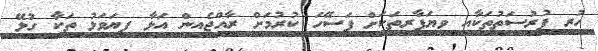
ހުރި ފުރުސަތުތަކާއި ވިޔަފާރިތަކަށް ފަސޭހަ ކުރުމަށް ރާއްޖެއިން އަޅާ ފިޔަވަޅު ތަކާ ގުޅޭ